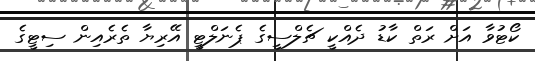
ކޯޓުވާ އަށް ރަތް ކާޑު ދެއްކީ ޗެލްސީގެ ޕެނަލްޓީ އޭރިޔާ ތެރެއިން ސިޓީގެ